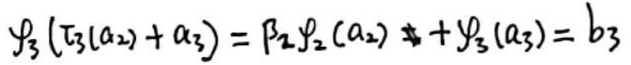
$\mathcal{f}_3(\tau_3(a_2)+a_3)=\beta_2\mathcal{f}_2(a_2)+\mathcal{f}_3(a_3)=b_3$